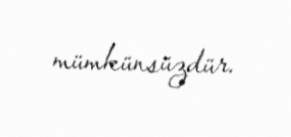
mümkünsüzdür.